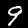
Label: 9